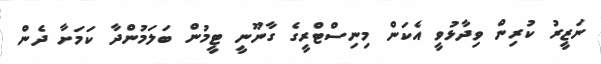
ނަަޒީރު ކުރިން ވިދާޅުވީ އެކަން މިނިސްޓްރީގެ ގާނޫނީ ޓީމުން ބަލަމުންދާ ކަމަށާ ދެން